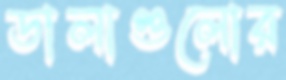
ডালাগুলোর